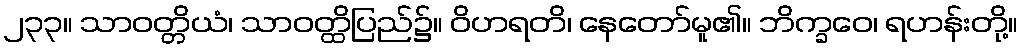
၂၃၃။ သာဝတ္တိယံ၊ သာဝတ္ထိပြည်၌။ ဝိဟရတိ၊ နေတော်မူ၏။ ဘိက္ခဝေ၊ ရဟန်းတို့။